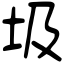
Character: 圾